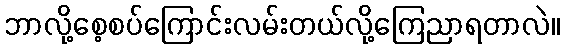
ဘာလို့စေ့စပ်ကြောင်းလမ်းတယ်လို့ကြေညာရတာလဲ။